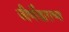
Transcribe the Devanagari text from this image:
जीर्णोद्धाराच्या